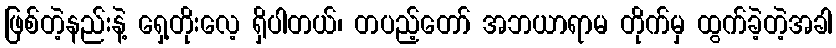
ဖြစ်တဲ့နည်းနဲ့ ရှေ့တိုးလေ့ ရှိပါတယ်၊ တပည့်တော် အဘယာရာမ တိုက်မှ ထွက်ခဲ့တဲ့အခါ